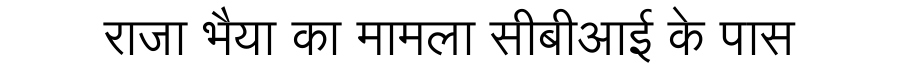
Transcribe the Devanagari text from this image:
राजा भैया का मामला सीबीआई के पास